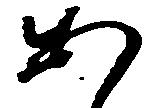
あ